Vaccination in Burma 1889-1999 - 1889-1999
Year: 1889
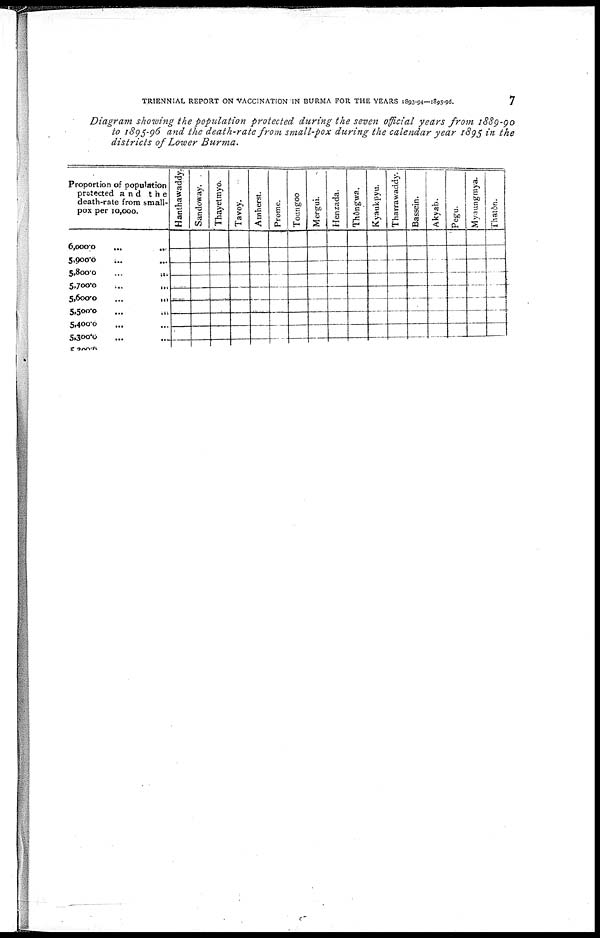
TRIENNIAL REPORT ON VACCINATION IN BURMA FOR THE YEARS 1893-94—1895-96.
7
Diagram showing the population protected during the seven official years from 1889-90
to 1895-96 and the death-rate front small-pox during the calendar year 1895 in the
districts of Lower Burma.